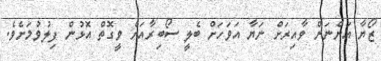
ޒޯޔާ އަންނަން ވާއިރަށް ނަޔާ އަވަހަށް ބެލީ ސޯބިރާއަށް ވީގޮތް އޮޅުން ފިލުވުމަށެވެ.